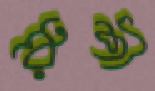
রুশী